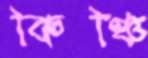
কিঞ্চি